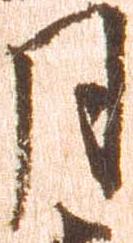
月